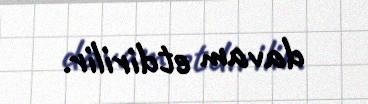
davam etdirilir.